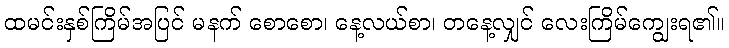
ထမင်းနှစ်ကြိမ်အပြင် မနက် စောစော၊ နေ့လယ်စာ၊ တနေ့လျှင် လေးကြိမ်ကျွေးရ၏။